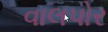
વાલપોર